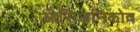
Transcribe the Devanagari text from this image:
ओसिअनिकोव